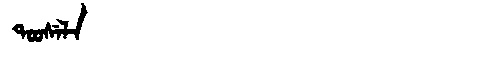
Manchu: ᡨᠣᠣᠰᡝᠯᠠ
Romanization: TOOSELA